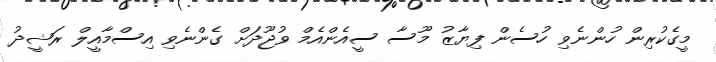
މީގެކުރިން ހުންނެވި ހުސެން ފިޔާޒު މޫސާ ސީއެންއެމް ވުޖޫދަށް ގެންނެވި އިސްމާއީލް ރަޝީދު